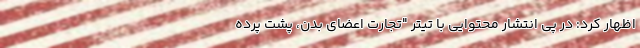
اظهار کرد: در پی انتشار محتوایی با تیتر "تجارت اعضای بدن، پشت پرده